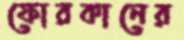
ফোরকানের